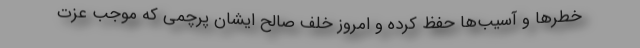
خطرها و آسیب‌ها حفظ کرده و امروز خلف صالح ایشان پرچمی که موجب عزت